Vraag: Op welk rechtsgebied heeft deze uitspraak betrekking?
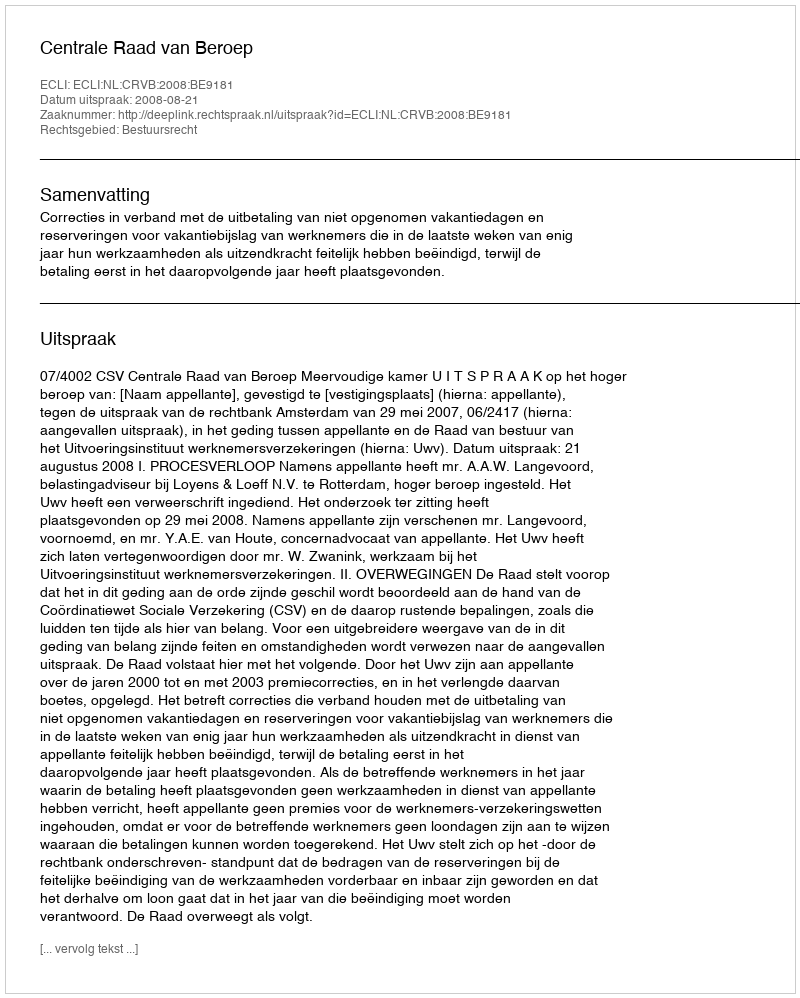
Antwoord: Bestuursrecht